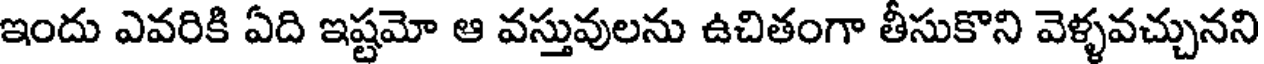
ఇందు ఎవరికి ఏది ఇష్టమో ఆ వస్తువులను ఉచితంగా తీసుకొని వెళ్ళవచ్చునని